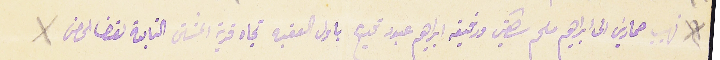
نهيب حمارين الى ابراهيم ملحم شاهين ورفيقه ابراهيم عبود قديح باول العقبه تجاه قرية المشتى التابعة لقضا الحصن